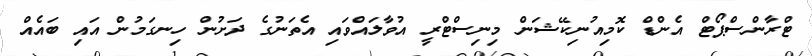
ޓްރާންސްޕޯޓް އެންޑް ކޮމިއުނިކޭޝަން މިނިސްޓްރީ އުވާލައްވައި އެތަނުގެ ދަށުން ހިނގަމުން އައި ބައެއް